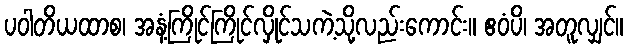
ပဝါတိယထာစ၊ အနံ့ကြိုင်ကြိုင်လှိုင်သကဲ့သို့လည်းကောင်း။ ဧဝံပိ၊ အတူလျှင်။